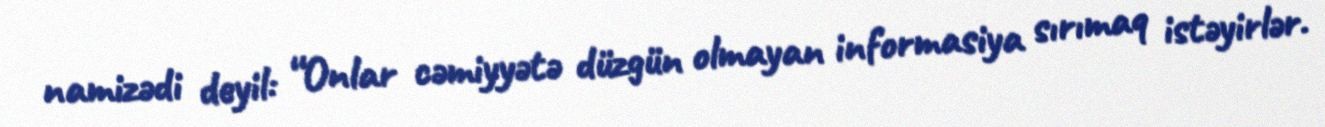
namizədi deyil: “Onlar cəmiyyətə düzgün olmayan informasiya sırımaq istəyirlər.